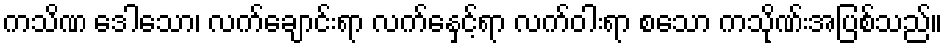
ကသိဏ ဒေါသော၊ လက်ချောင်းရာ လက်နှေင့်ရာ လက်ဝါးရာ စသော ကသိုဏ်းအပြစ်သည်။